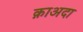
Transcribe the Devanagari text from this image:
क़ाअदा